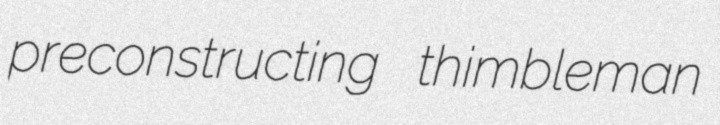
preconstructing thimbleman